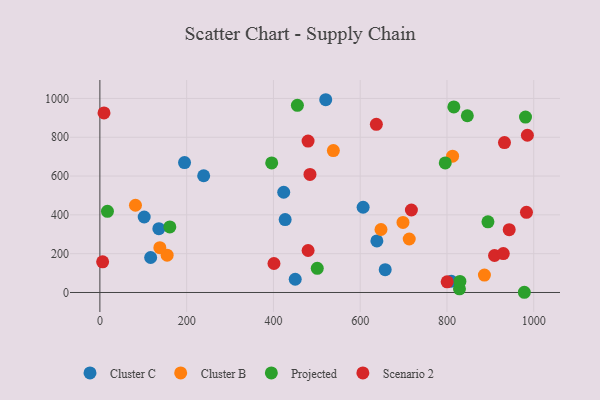
{"axis": {"x": "Price", "y": "Fuel Efficiency"}, "legend": ["Cluster B", "Cluster C", "Projected", "Scenario 2"], "data": [{"x": "606.7", "y": 439.3, "type": "Cluster C"}, {"x": "450.2", "y": 68.3, "type": "Cluster C"}, {"x": "195.1", "y": 669.6, "type": "Cluster C"}, {"x": "427.0", "y": 375.5, "type": "Cluster C"}, {"x": "520.5", "y": 993.4, "type": "Cluster C"}, {"x": "102.1", "y": 389.1, "type": "Cluster C"}, {"x": "638.4", "y": 265.5, "type": "Cluster C"}, {"x": "135.9", "y": 329.0, "type": "Cluster C"}, {"x": "423.7", "y": 516.5, "type": "Cluster C"}, {"x": "117.0", "y": 180.2, "type": "Cluster C"}, {"x": "657.6", "y": 117.8, "type": "Cluster C"}, {"x": "239.2", "y": 601.5, "type": "Cluster C"}, {"x": "810.0", "y": 57.8, "type": "Cluster C"}, {"x": "698.6", "y": 360.9, "type": "Cluster B"}, {"x": "713.0", "y": 275.6, "type": "Cluster B"}, {"x": "886.3", "y": 89.8, "type": "Cluster B"}, {"x": "812.9", "y": 702.7, "type": "Cluster B"}, {"x": "538.1", "y": 731.3, "type": "Cluster B"}, {"x": "155.0", "y": 192.3, "type": "Cluster B"}, {"x": "138.2", "y": 231.2, "type": "Cluster B"}, {"x": "647.9", "y": 324.5, "type": "Cluster B"}, {"x": "82.0", "y": 449.5, "type": "Cluster B"}, {"x": "396.0", "y": 667.5, "type": "Projected"}, {"x": "846.9", "y": 910.7, "type": "Projected"}, {"x": "978.3", "y": 1.1, "type": "Projected"}, {"x": "981.0", "y": 904.0, "type": "Projected"}, {"x": "17.4", "y": 418.5, "type": "Projected"}, {"x": "894.4", "y": 364.1, "type": "Projected"}, {"x": "796.0", "y": 667.6, "type": "Projected"}, {"x": "161.2", "y": 338.1, "type": "Projected"}, {"x": "828.8", "y": 18.9, "type": "Projected"}, {"x": "455.2", "y": 964.6, "type": "Projected"}, {"x": "501.0", "y": 124.5, "type": "Projected"}, {"x": "829.8", "y": 57.0, "type": "Projected"}, {"x": "815.8", "y": 956.5, "type": "Projected"}, {"x": "479.9", "y": 216.3, "type": "Scenario 2"}, {"x": "484.2", "y": 608.4, "type": "Scenario 2"}, {"x": "718.0", "y": 425.1, "type": "Scenario 2"}, {"x": "932.5", "y": 772.7, "type": "Scenario 2"}, {"x": "401.2", "y": 149.3, "type": "Scenario 2"}, {"x": "479.8", "y": 780.1, "type": "Scenario 2"}, {"x": "983.2", "y": 413.1, "type": "Scenario 2"}, {"x": "943.4", "y": 323.9, "type": "Scenario 2"}, {"x": "909.6", "y": 190.5, "type": "Scenario 2"}, {"x": "800.4", "y": 54.7, "type": "Scenario 2"}, {"x": "9.5", "y": 925.2, "type": "Scenario 2"}, {"x": "985.3", "y": 810.2, "type": "Scenario 2"}, {"x": "637.2", "y": 866.6, "type": "Scenario 2"}, {"x": "929.8", "y": 200.4, "type": "Scenario 2"}, {"x": "6.3", "y": 158.1, "type": "Scenario 2"}]}